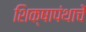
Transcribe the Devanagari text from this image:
शिक्षापंथाचें